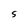
Character: S